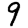
Digit: 9